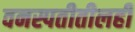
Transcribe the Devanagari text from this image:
वनस्पतीतीलही